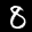
Label: 8